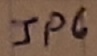
Text: JP6